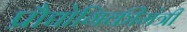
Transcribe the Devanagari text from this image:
प्रौद्योगिकीमंत्री